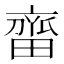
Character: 𬹲